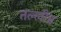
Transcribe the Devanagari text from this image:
तल्लीन्न